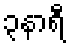
၃နာရီ